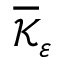
\overline { { \mathcal { K } } } _ { \varepsilon }